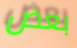
بعض